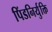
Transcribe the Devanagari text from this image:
पिंडनिर्युक्ति